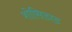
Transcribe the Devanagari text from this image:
शोसिडाड